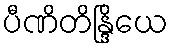
ပီဏိတိန္ဒြိယေ